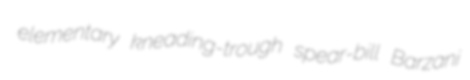
elementary kneading-trough spear-bill Barzani